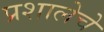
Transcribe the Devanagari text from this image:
प्रशालेचे